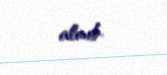
alınıb.